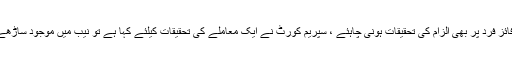
ڈاکٹرمحمدفاروق ستارنے مزیدکہاکہ انصاف اور احتساب عام آدمی کیلئے ہوتا ہے تو اعلیٰ عہدے پر فائز فرد پر بھی الزام کی تحقیقات ہونی چاہئے ، سپریم کورٹ نے ایک معاملے کی تحقیقات کیلئے کہا ہے تو نیب میں موجود ساڑھے چھ ہزار ارب روپے کی کرپشن کے مقدمات کیلئے کونسی جے آئی ٹی بنے گی اور کون بنائے گا؟